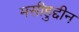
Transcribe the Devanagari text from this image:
मसीहुद्दीन